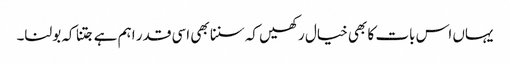
یہاں اس بات کا بھی خیال رکھیں کہ سننا بھی اسی قدر اہم ہے جتنا کہ بولنا۔